system: You are a helpful assistant.
user:
Analyze the provided spectrum to determine if it is a **S-type Star**.

- **Key Indicators for S-type Star:**

    - **(Overall Spectrum Shape):** The first and most obvious characteristic is the overall continuum (the "baseline" shape). It is **extremely "red-sloping,"** meaning the flux (light intensity) is very low on the left side (blue, ~4000-4500 Å) and rises steeply and continuously toward the right side (red, ~7000 Å+).

    - **(Primary):** The spectrum is defined by the presence of strong, broad molecular absorption "valleys" (bands) from **Zirconium Oxide (ZrO)**. The identification of these bands is the **primary requirement** for classifying a star as S-type.
        - **(Key Bandheads):** You must find distinct, deep "dips" where the light has been absorbed. The most critical band systems to locate are:
            - **~6474 Å** ($\gamma$-system): This is often the strongest and clearest ZrO feature, found in the red part of the spectrum.
            - **~5718 Å** & **~5551 Å** ($\beta$-system): A pair of prominent absorption features in the yellow-orange part of the spectrum.
            - **~4640 Å** ($\alpha$-system): A key absorption band system in the blue-green region of the spectrum.

    - **(Secondary Confirmation):** The classification is strengthened by finding additional absorption bands from other related heavy element oxides, which are expected to be present alongside ZrO.
        - **(Key Bandheads):**
            - **Yttrium Oxide (YO):** Look for absorption dips near **~4800 Å** and **~6100 Å**.
            - **Lanthanum Oxide (LaO):** Additional absorption features, particularly in the red-orange part of the spectrum, are also characteristic.

    - **(Line Profile):** The combination of the steep red continuum and these numerous, deep molecular bands (ZrO, YO, etc.) gives the entire spectrum a very **"chopped-up"** or **"bumpy"** appearance. Instead of a smooth curve, the spectrum looks as though large, wide chunks of light have been "carved out" of it at the specific wavelengths listed above.

Think first, call **spectral_visualization_tool** if needed to examine features in detail, then provide your final answer. Your response must adhere to the following strict rules:
1.  **Overall Structure:** Your response must follow the format `<think>...</think> <tool_call>...</tool_call> (if a tool is used) <answer>...</answer>`.
2.  **Tool Usage Constraint:** You may only make **one** tool call per turn.
3.  **Final Answer Format:** In the `<answer>` tag, your conclusion must be inside a `\boxed{}` command (e.g., `\boxed{YES}` or `\boxed{NO}`), followed by your justification.

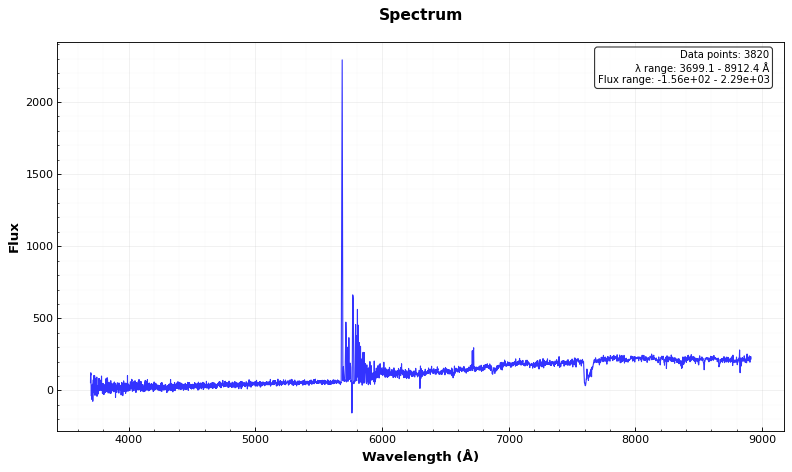
Answer: NO